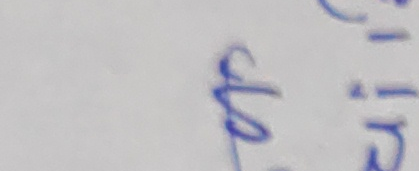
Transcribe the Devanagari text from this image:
हुन